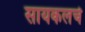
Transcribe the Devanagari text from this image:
सायकलचे